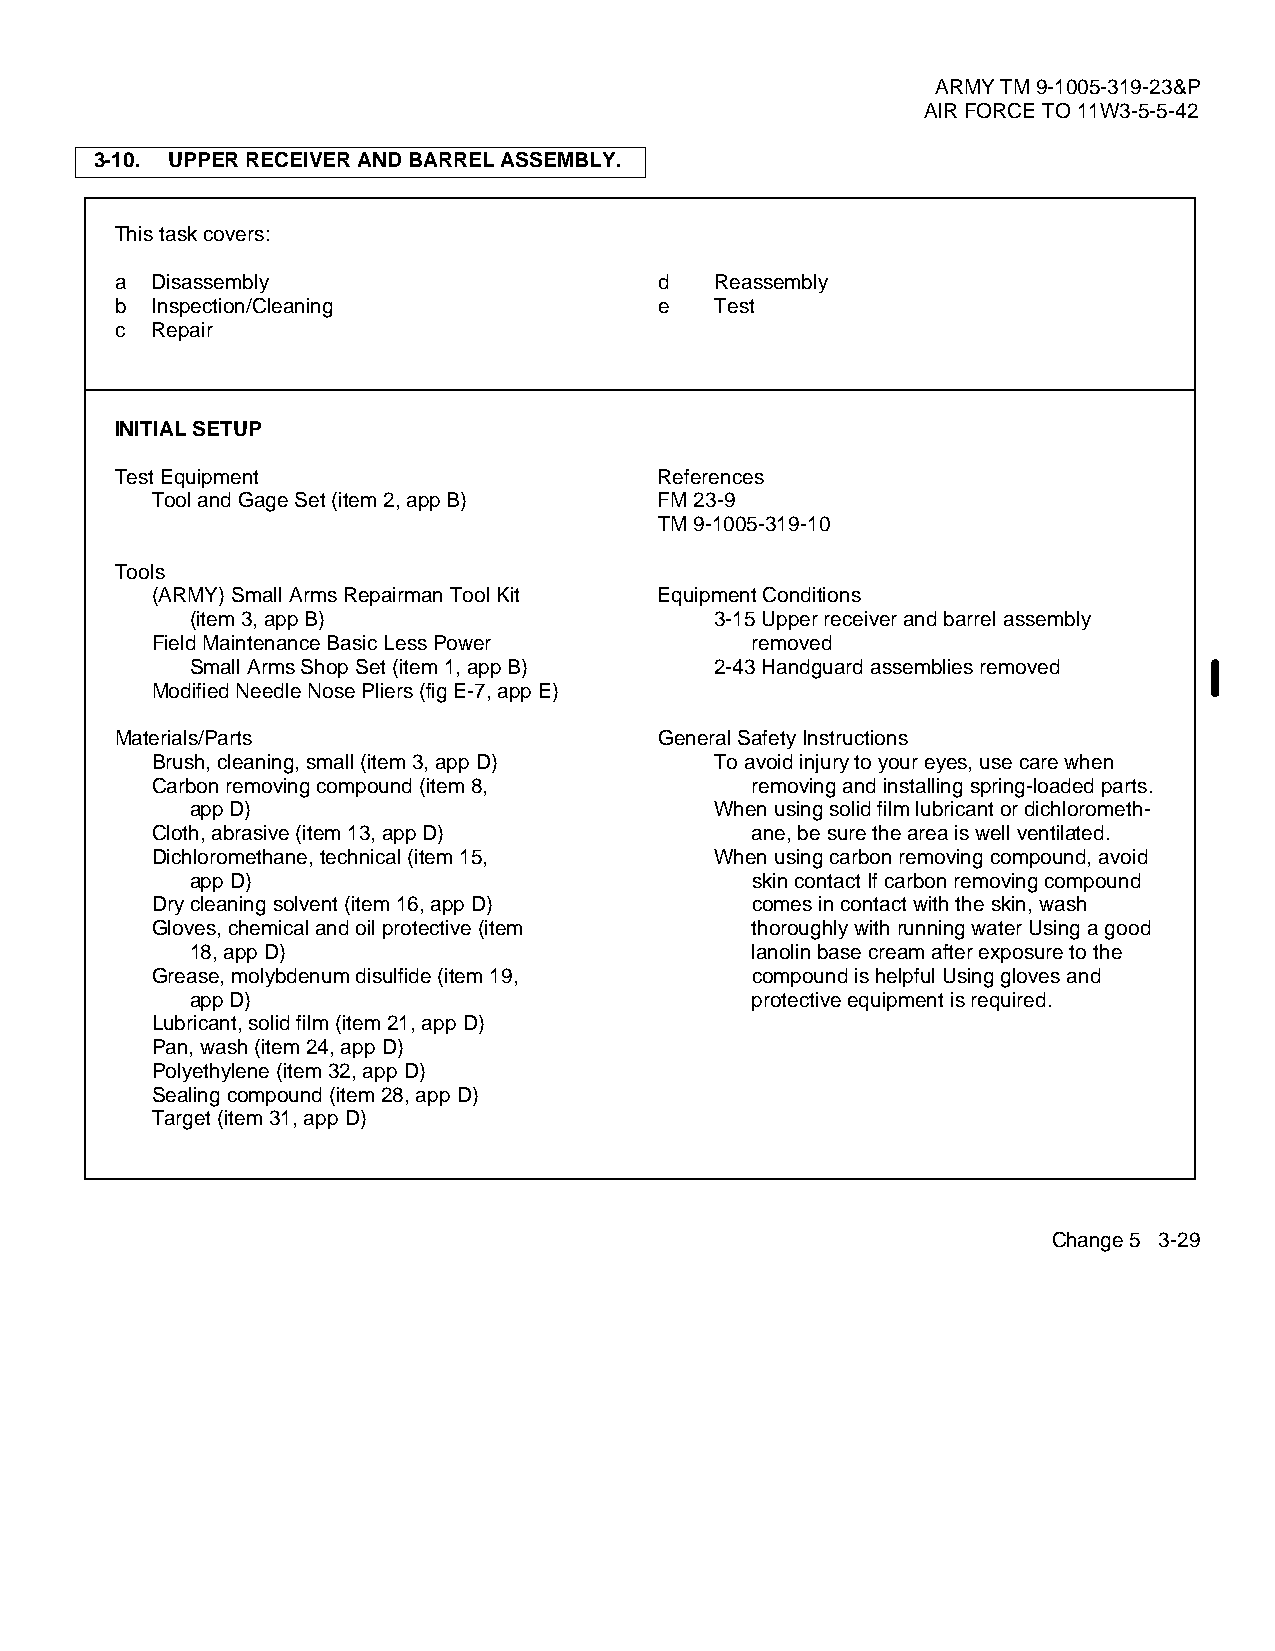
ARMY TM 9-1005-319-23&P
 AIR FORCE TO 11W3-5-5-42
 3-10. UPPER RECEIVER AND BARREL ASSEMBLY.
 This task covers:
 a Disassembly                       d  Reassembly
 b Inspection/Cleaning               e  Test
 c Repair
 INITIAL SETUP
 Test Equipment                      References
 Tool and Gage Set (item 2, app B) FM 23-9
 TM 9-1005-319-10
 Tools
 (ARMY) Small Arms Repairman Tool Kit Equipment Conditions
 (item 3, app B)                   3-15 Upper receiver and barrel assembly
 Field Maintenance Basic Less Power      removed
 Small Arms Shop Set (item 1, app B) 2-43 Handguard assemblies removed
 Modified Needle Nose Pliers (fig E-7, app E)
 Materials/Parts                     General Safety Instructions
 Brush, cleaning, small (item 3, app D) To avoid injury to your eyes, use care when
 Carbon removing compound (item 8,       removing and installing spring-loaded parts.
 app D)                            When using solid film lubricant or dichlorometh-
 Cloth, abrasive (item 13, app D)        ane, be sure the area is well ventilated.
 Dichloromethane, technical (item 15, When using carbon removing compound, avoid
 app D)                               skin contact If carbon removing compound
 Dry cleaning solvent (item 16, app D)   comes in contact with the skin, wash
 Gloves, chemical and oil protective (item thoroughly with running water Using a good
 18, app D)                           lanolin base cream after exposure to the
 Grease, molybdenum disulfide (item 19,  compound is helpful Using gloves and
 app D)                               protective equipment is required.
 Lubricant, solid film (item 21, app D)
 Pan, wash (item 24, app D)
 Polyethylene (item 32, app D)
 Sealing compound (item 28, app D)
 Target (item 31, app D)
 Change 5 3-29